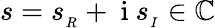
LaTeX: s=s_{_R}+\mathrm{~i~}s_{_I}\in\mathbb{C}